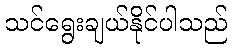
သင်ရွေးချယ်နိုင်ပါသည်